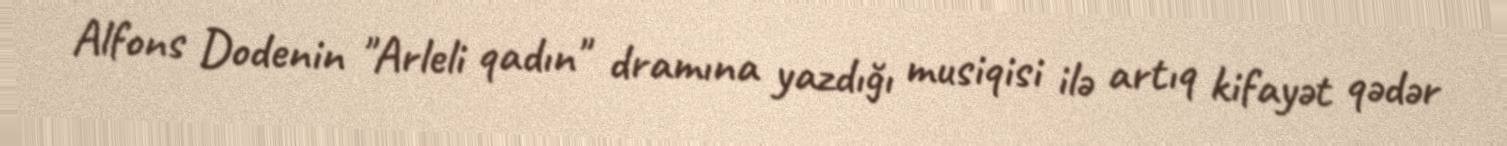
Alfons Dodenin "Arleli qadın" dramına yazdığı musiqisi ilə artıq kifayət qədər